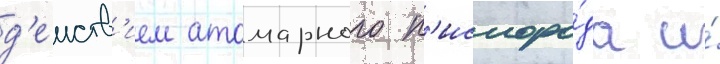
д'еиств'ием атомарного к'ислоро́да и́